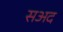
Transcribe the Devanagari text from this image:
सअद